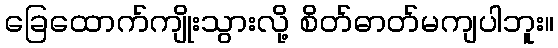
ခြေထောက်ကျိုးသွားလို့ စိတ်ဓာတ်မကျပါဘူး။